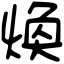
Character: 煥